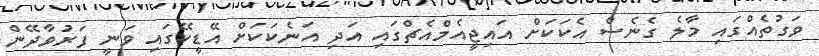
ވަގުތެއްގައި މާލެ ގެނެސް އެކަކަށް އައިޖީއެމްއެޗްގައި އަދި އަނެކަކަށް އޭޑީކޭގައި ވަނީ ފަރުވާދޭން